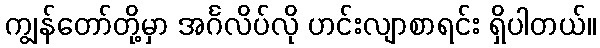
ကျွန်တော်တို့မှာ အင်္ဂလိပ်လို ဟင်းလျာစာရင်း ရှိပါတယ်။